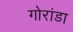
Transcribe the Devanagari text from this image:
गोरांडा